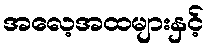
အလေ့အထများနှင့်